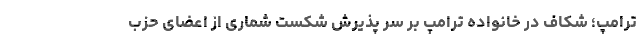
ترامپ؛ شکاف در خانواده ترامپ بر سر پذیرش شکست شماری از اعضای حزب